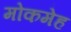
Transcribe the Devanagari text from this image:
मोकमेह